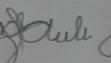
Signature authenticity: forged